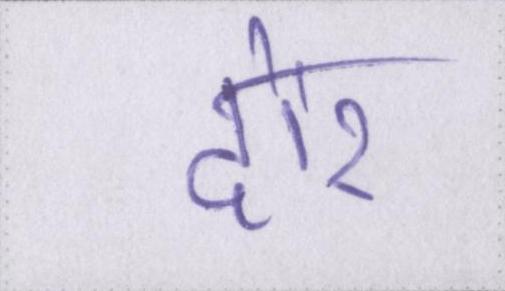
दौर